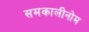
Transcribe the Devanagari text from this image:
समकालीनोम